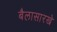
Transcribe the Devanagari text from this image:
बैलासारखे